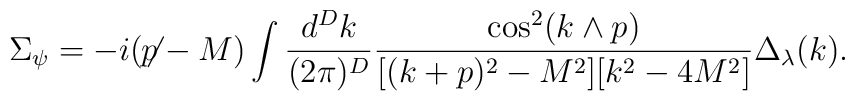
\Sigma_\psi= -i(\not\!\! p-M) \int \frac{d^Dk}{(2\pi)^D}\frac{\cos^2(k\wedge p)}{[(k+p)^2-M^2][k^2 - 4 M^2]}\Delta_\lambda(k).